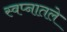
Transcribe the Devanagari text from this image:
स्वप्नातले